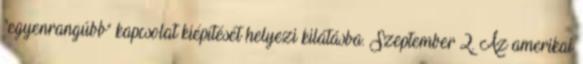
"egyenrangúbb" kapcsolat kiépítését helyezi kilátásba. Szeptember 2. Az amerikai